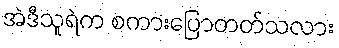
အဲဒီသူရဲက စကားပြောတတ်သလား